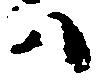
ハ